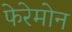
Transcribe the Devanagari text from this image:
फेरेमोन